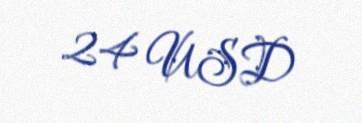
24 USD